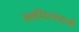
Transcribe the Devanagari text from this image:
स्वमित्ववाली